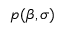
p ( { \boldsymbol { \beta } } , \sigma )